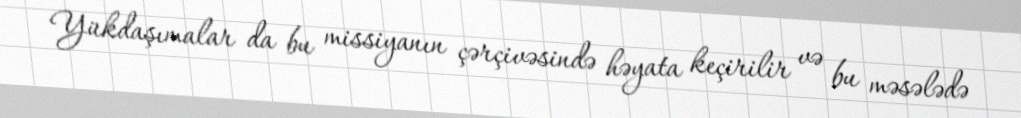
Yükdaşımalar da bu missiyanın çərçivəsində həyata keçirilir və bu məsələdə